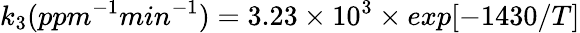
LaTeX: k_{3}(ppm^{-1}min^{-1})=3.23\times 10^{3}\times exp[-1430/T]